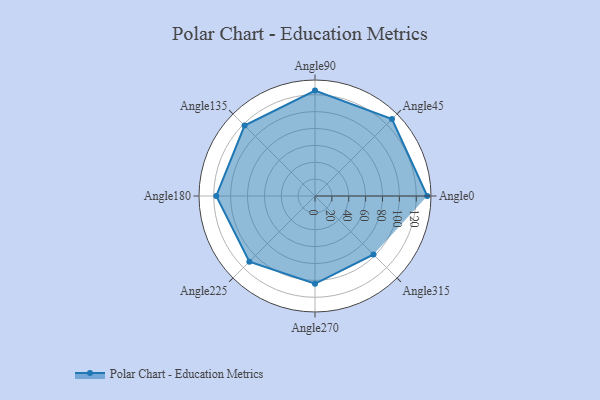
{"axis": {"x": "Angle", "y": "Radius"}, "legend": [""], "data": [{"x": "Angle0", "y": 133.0, "type": ""}, {"x": "Angle45", "y": 129.0, "type": ""}, {"x": "Angle90", "y": 125.0, "type": ""}, {"x": "Angle135", "y": 118.0, "type": ""}, {"x": "Angle180", "y": 117.0, "type": ""}, {"x": "Angle225", "y": 110.0, "type": ""}, {"x": "Angle270", "y": 104.0, "type": ""}, {"x": "Angle315", "y": 98.0, "type": ""}]}